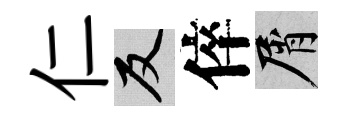
仁反倅屑